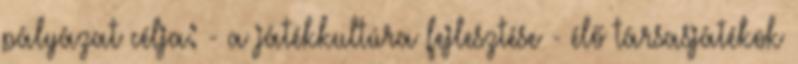
pályázat célja: - a játékkultúra fejlesztése - élő társasjátékok